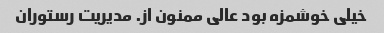
خیلی خوشمزه بود عالی ممنون از. مدیریت رستوران